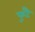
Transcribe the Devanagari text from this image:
फूटै